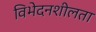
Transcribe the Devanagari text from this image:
विभेदनशीलता